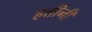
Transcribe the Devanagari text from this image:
हत्तींनी